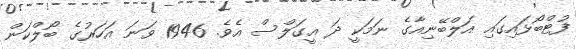
ފުޓްބޯޅައިގައި އަލްބޭނިއާގެ ނަމަކީ ދަ އީގަލްސް އެވެ. 1946 ވަނަ އަހަރުގެ ބޯލްކަން